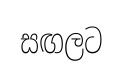
සඟලට